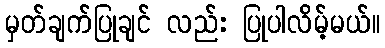
မှတ်ချက်ပြုချင် လည်း ပြုပါလိမ့်မယ်။